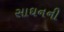
સાઘનની